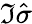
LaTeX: \Im\hat{\sigma}